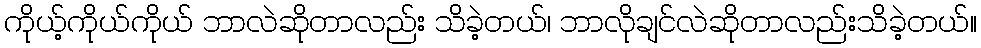
ကိုယ့်ကိုယ်ကိုယ် ဘာလဲဆိုတာလည်း သိခဲ့တယ်၊ ဘာလိုချင်လဲဆိုတာလည်းသိခဲ့တယ်။